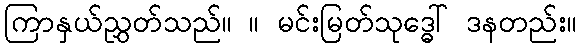
ကြာနှယ်ညွှတ်သည်။ ။ မင်းမြတ်သုဒ္ဓေါ် ဒနတည်း။